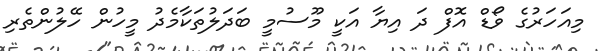
މިއަހަރުގެ ވޯޑް އޮފް ދަ އިޔާ އަކީ މޫސުމީ ބަދަލުތަކާމެދު މީހުން ހޭލުންތެރި